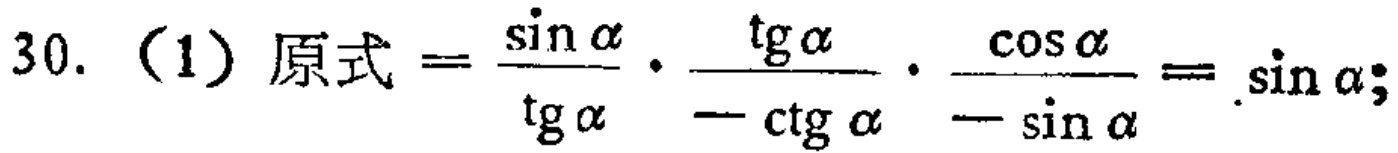
30. （1）原式$=\frac{\sin\alpha}{\text{tg}\alpha}\cdot\frac{\text{tg}\alpha}{-\text{ctg}\alpha}\cdot\frac{\cos\alpha}{-\sin\alpha}=\sin\alpha$；